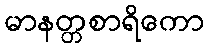
မာနတ္တစာရိကော